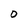
Character: 0